Tezpur Lunatic Asylum reports 1877-1894 - 1877-1894
Year: 1877
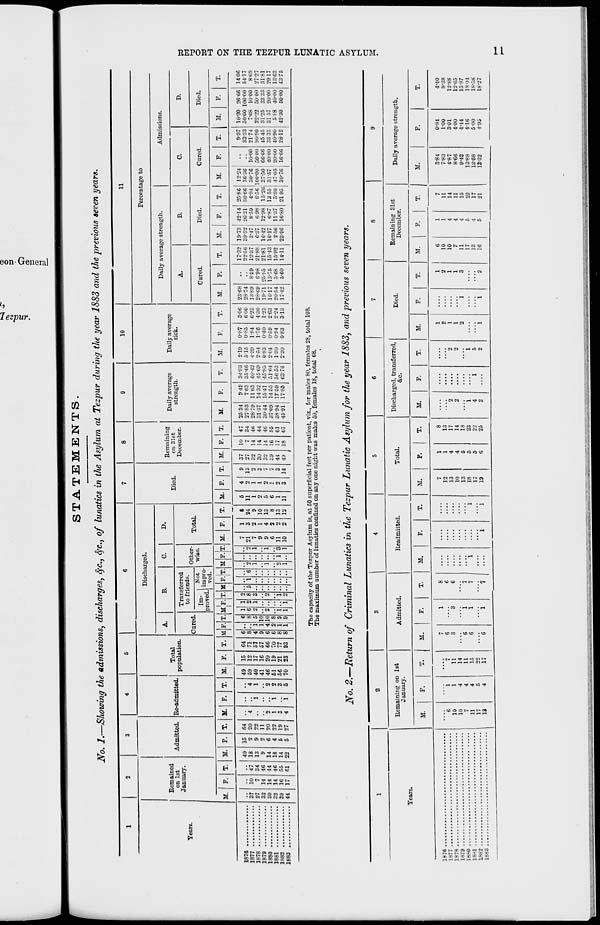
•S ~~
CD
CO
O
<\»
a
"S
CD
<-i
5»
STATEMENTS.
No. 1.—Showing the admissions, discharges, SfC, $c, of lunatics in the Asylum at Tezpur during the year 1883 and the previous seven years.
10
11
Years.
Remained
on 1st
January.
Admitted. Re-admitted.
Total
population.
Discharged.
B.
D.
Cured.
Transferred
to friends.
Im- |. Not
Other-
wise.
Total.
Died.
Remaining
on 31st
December.
Daily average
strength.
Daily average
sick.
Percentage to
Daily average strength.
Admissions.
A.
B.
Cured.
Died.
Cured.
D.
Died.
K.
T. M.
M. F. T. M. F. T. M F. T. M F.
1 I
M FJT. H F. T. M.
T. M. F.
If.
M.
F.
T.
M.
F.
M.
F.
T.
M.
T.
51.
M.
F.
1876
1877
1878
1879
1880
1881
1882
1883
37 10 47
27
7 34
32 14 46
30 14 44
32 14 46
39 Ifi 55
44 17 61
49
18
13
9
14
18
14
22
64
SO
22
11
SO
22
19
87
49
59
40
41
46
51
56
70
IS
13
17
1G
2u
19
21
13
6 1 1 o
8 6 2 8 5 1 6 2
2
5 2 1 3
1
1
10
10 2
2
1
1
8
9 1
1
2 1 a
9 1 1
1
i
I
8
5
4
3 24 11
2
2
9
1
1
1 10
2
1
4 13
5
2
2
8
6
1
<) 13
1
2
2 12 11
3
37
27
32
30
32
;;o
44
49
in
7
14
11
14
16
17
IS
47
34
■it;
44
46
55
61
67
25-34
27-83
28-79
81-37
30-44
37-09
38-94
45-91
949
7-63
11-63
14-32
15-41
14-55
17-59
17-85
34-83
35-4 G
10-42
45-69
45-85
51*64
219
5-15
4-39
2-54
0-83
2-04
1-30
2-30
0-87
0-85
1-84
1-76
0-40
0-59
0-94
083
3-06
600
6-23
4-30
1-23
2-63
2-24
3-13
23-68
28-74
13-89
28-C9
1971
16-17
2054
17-42
8-59
6-98
25-5)5
13-75
5-68
5-60
17-32
22-56
12-37
21-88
21-81
15-43
15-92
14-11
1973 42-14 25-86 12-24
39-52 20-21 36-66 36-36
3-47
8-59
4-94 30-76
6-37
698
656 100-00
16-42 12-98 15-26J 37-50
16-17
6-87 la 55 | 31-57
2-56 11-37
5-30 4705
23-96 16-80 2195 30-76!
10-00
5000
6666
4O0O
20-00
16-66
9-37
33-33
21-74
90-90
45 45
33 33
40-90
28-12
10-20 26-66
50-00 100-00
7-68 1000
22-22 50 00
31-25 3333
3157 20-00
5£8 40-00
42-30 5000
1406
54-17
8-69
27-27
31-S1
2917
13-63
43-75
fcd
►d
O
Ed
H
O
H
H
fcd
N
►d
a td
d
>
H
i—i
O
►
CO
Hi
t-»
The capacity of the Tezpnr Asylum is, at 50 superficial feet per patient, viz., for males 80, females 28, total 108.
The maximum uumber of lunaties confined on any one night was males 50, females 18, total 68.
No. 2.—Return of Criminal Lunatics in the Tezpur Lunatic Asylum for the year 1883, and previous seven years.
Tears.
Remaining on 1st
January.
Admitted.
Readmitted.
Total.
M.
M.
M.
F.
H.
T.
Discharged, transferred,
&c.
Died.
Remaining 31st
December.
Daily average strength.
M.
F.
T.
M.
M.
F.
1876
1877
1878
1879
1880
18S1
1082
1883
6
10
10
7
11
17
13
i
11
14
11
15
17
12
13
10
13
18
17
19
1
1
4
4
6
5
5
6
8
13
17
14
18
23
22
25
2
2
i
4
2
6
10
10
7
11
17
13
16
7
11
14
11
15
22
17
21
M.
F.
3-84
7-83
4-87
8-66
9-43
13-88
13-58
13-32
0-84
4-40
1-00
8-38
301
12-88
4-00
12-65
4-44
1387
4-16
1801
5-00
18-58
4-95
18-27
■^rsrr.